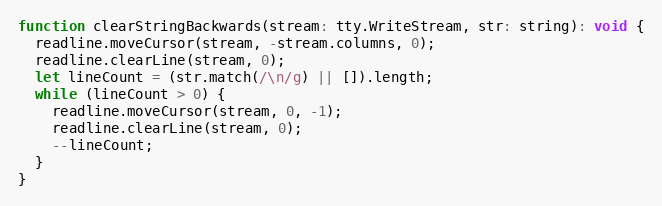
Language: JavaScript
function clearStringBackwards(stream: tty.WriteStream, str: string): void {
  readline.moveCursor(stream, -stream.columns, 0);
  readline.clearLine(stream, 0);
  let lineCount = (str.match(/\n/g) || []).length;
  while (lineCount > 0) {
    readline.moveCursor(stream, 0, -1);
    readline.clearLine(stream, 0);
    --lineCount;
  }
}